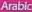
Arabic